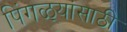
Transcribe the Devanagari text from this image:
पिंगळ्यांसाठी